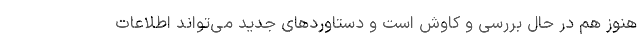
هنوز هم در حال بررسی‌ و کاوش‌ است و دستاوردهای جدید می‌تواند اطلاعات